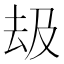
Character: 𠫳